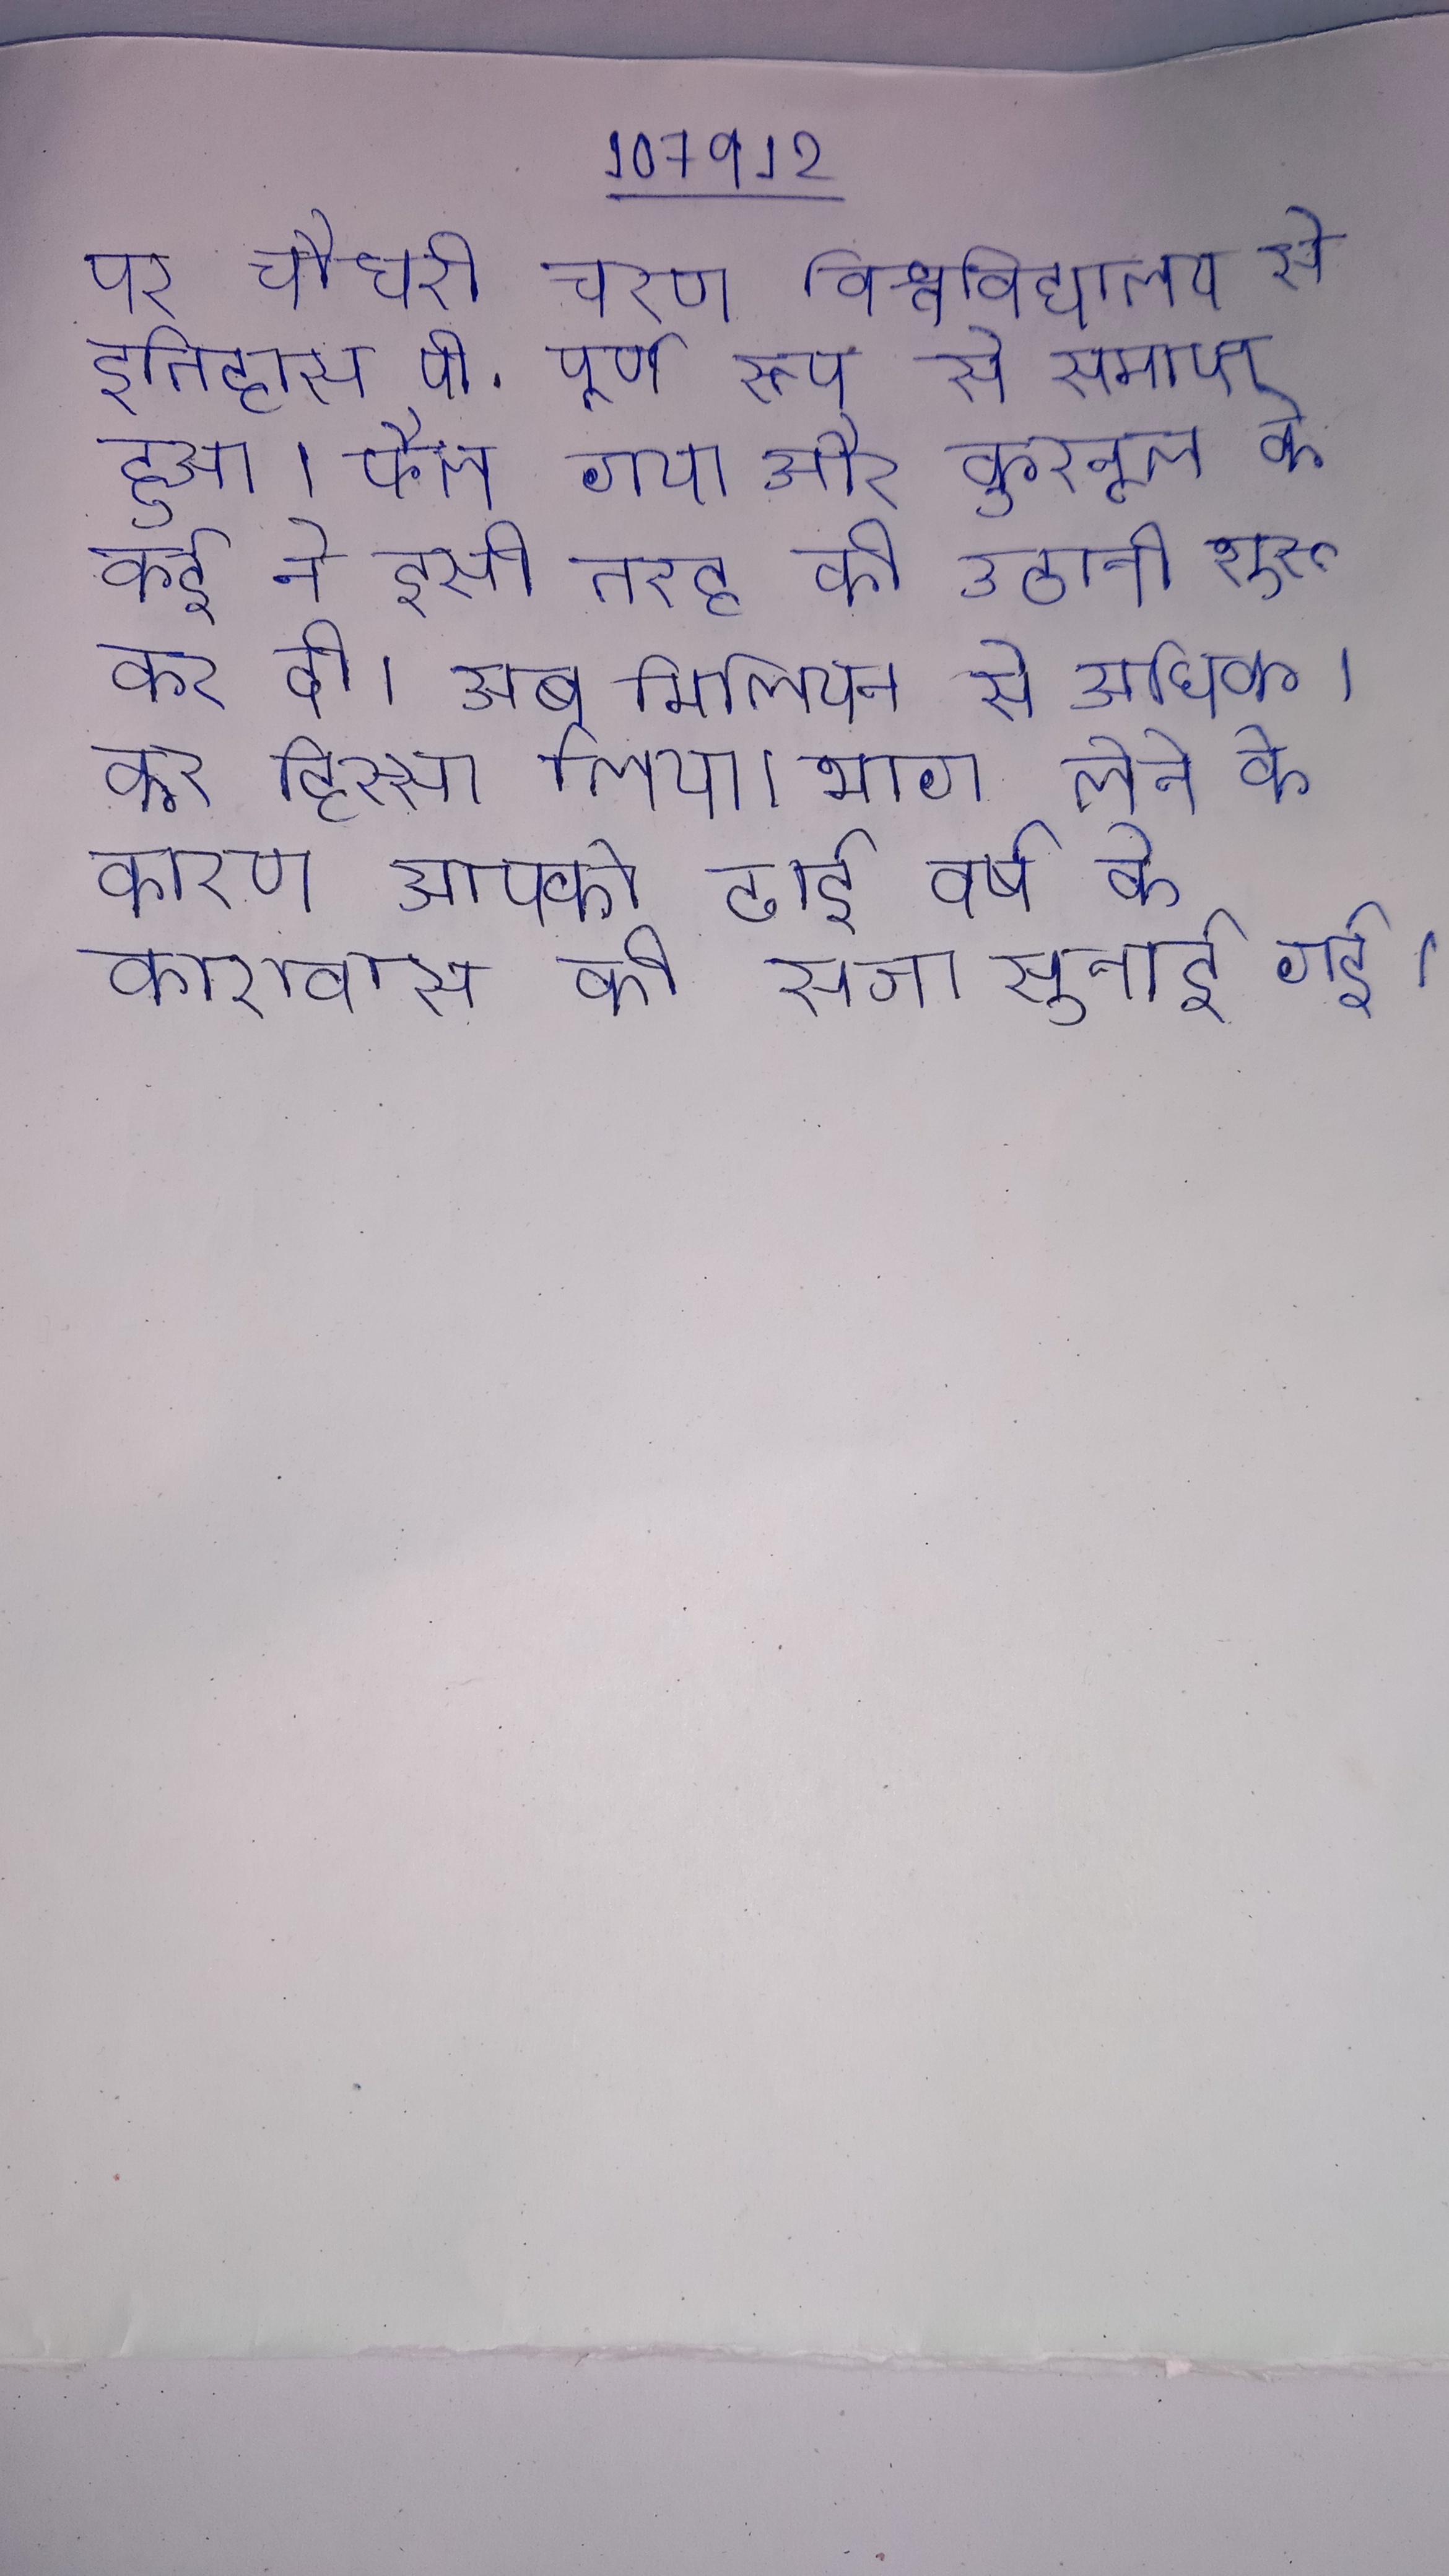
पर चौधरी चरण विश्वविद्यालय से इतिहास पी . पूर्ण रूप से समाप्त हुआ । फैल गया और कुरनूल के कई ने इसी तरह की उठानी शुरू कर दी । अब मिलियन से अधिक । कर हिस्सा लिया । भाग लेने के कारण आपको ढाई वर्ष के कारावास की सजा सुनाई गई ।